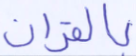
بالقرآن